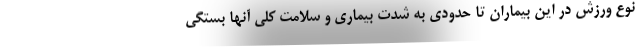
نوع ورزش در این بیماران تا حدودی به شدت بیماری و سلامت کلی آنها بستگی